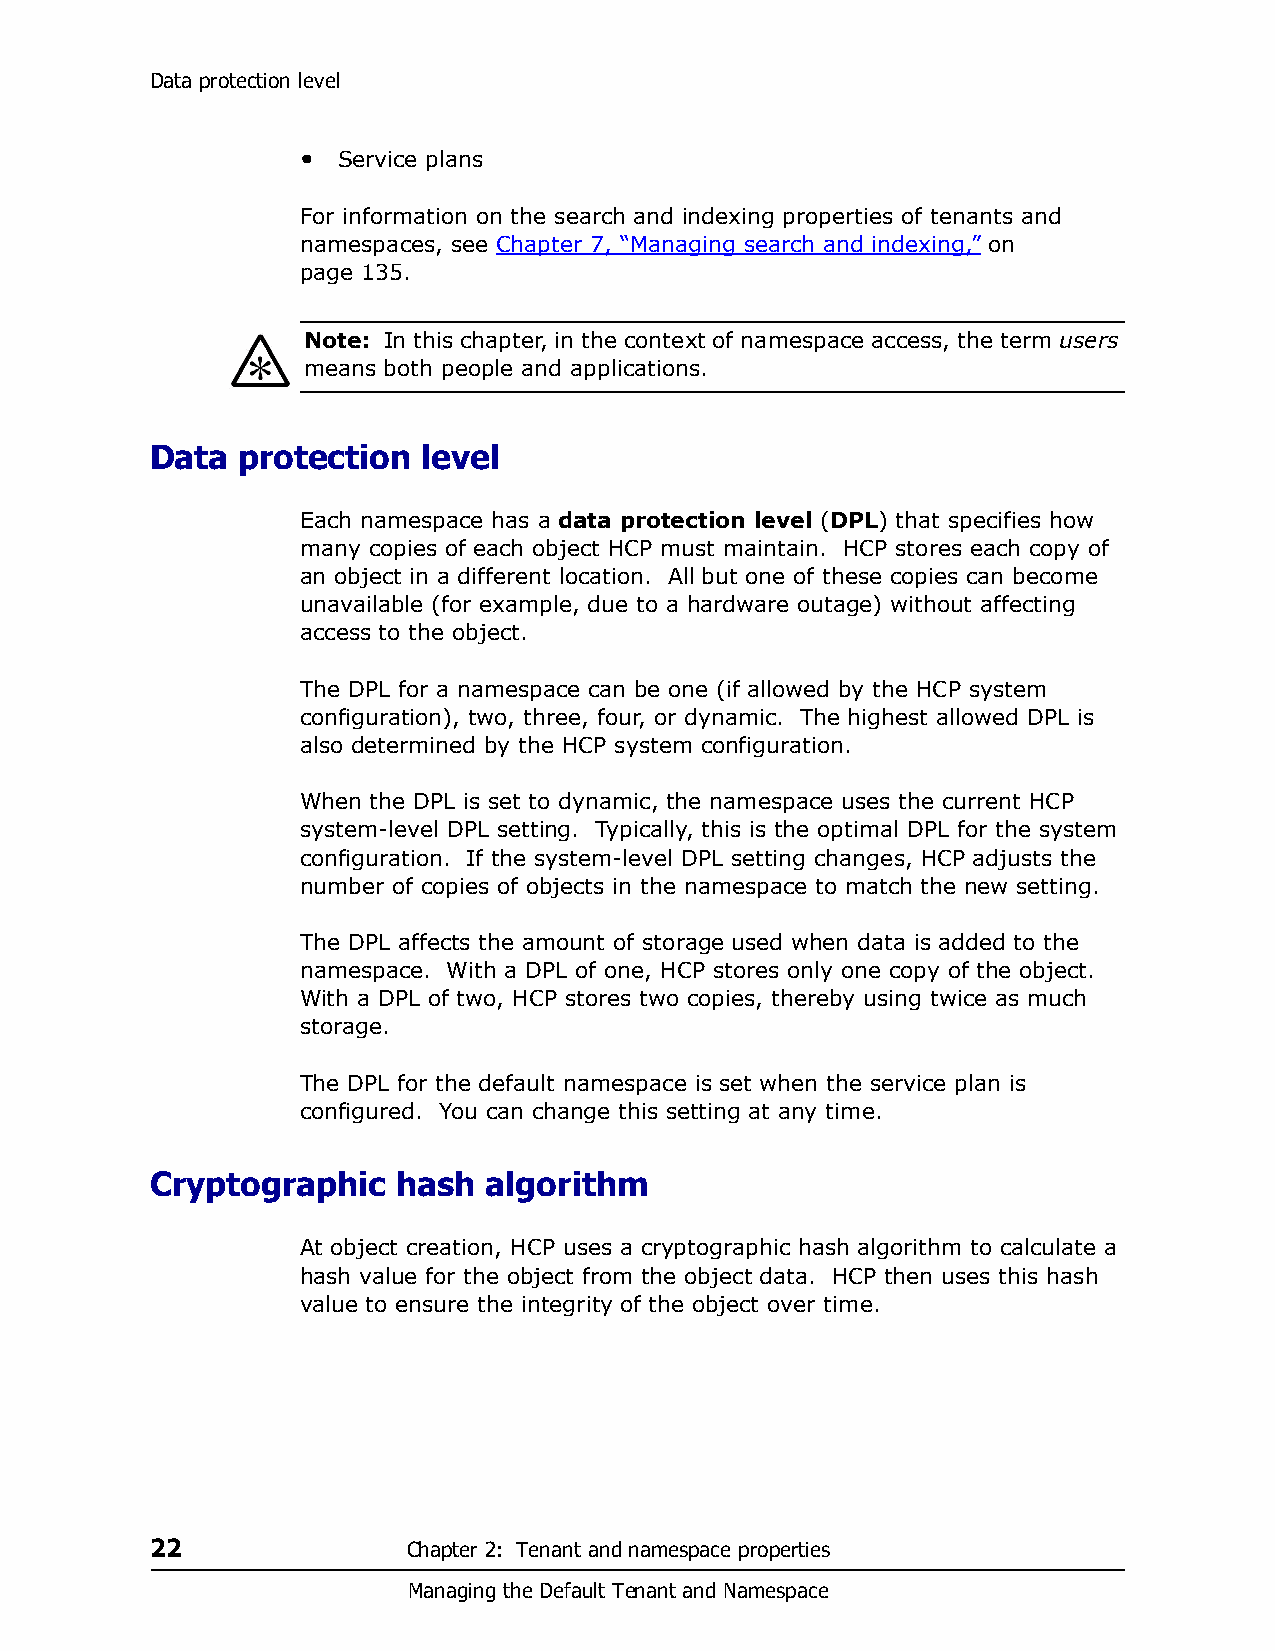
Data protection level
 • Service plans
 For information on the search and indexing properties of tenants and
 namespaces, see Chapter 7, “Managing search and indexing,” on
 page 135.
 Note: In this chapter, in the context of namespace access, the term users
 means both people and applications.
 Data  protection  level
 Each namespace has a data protection level (DPL) that specifies how
 many copies of each object HCP must maintain. HCP stores each copy of
 an object in a different location. All but one of these copies can become
 unavailable (for example, due to a hardware outage) without affecting
 access to the object.
 The DPL for a namespace can be one (if allowed by the HCP system
 configuration), two, three, four, or dynamic. The highest allowed DPL is
 also determined by the HCP system configuration.
 When the DPL is set to dynamic, the namespace uses the current HCP
 system-level DPL setting. Typically, this is the optimal DPL for the system
 configuration. If the system-level DPL setting changes, HCP adjusts the
 number of copies of objects in the namespace to match the new setting.
 The DPL affects the amount of storage used when data is added to the
 namespace. With a DPL of one, HCP stores only one copy of the object.
 With a DPL of two, HCP stores two copies, thereby using twice as much
 storage.
 The DPL for the default namespace is set when the service plan is
 configured. You can change this setting at any time.
 Cryptographic   hash  algorithm
 At object creation, HCP uses a cryptographic hash algorithm to calculate a
 hash value for the object from the object data. HCP then uses this hash
 value to ensure the integrity of the object over time.
 22               Chapter 2: Tenant and namespace properties
 Managing the Default Tenant and Namespace